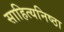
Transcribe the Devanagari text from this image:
साहित्यनिष्ठा